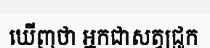
ឃើញថា អ្នកជាសត្វជ្រូក